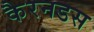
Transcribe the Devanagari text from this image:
कैरनडस